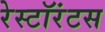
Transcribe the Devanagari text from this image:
रेस्टॉरंटस